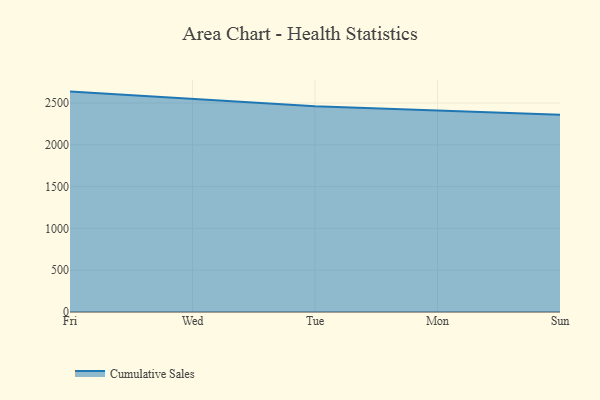
{"axis": {"x": "Day", "y": "Satisfaction Score"}, "legend": ["Cumulative Sales"], "data": [{"x": "Fri", "y": 2636.9, "type": "Cumulative Sales"}, {"x": "Wed", "y": 2546.1, "type": "Cumulative Sales"}, {"x": "Tue", "y": 2461.0, "type": "Cumulative Sales"}, {"x": "Mon", "y": 2411.0, "type": "Cumulative Sales"}, {"x": "Sun", "y": 2359.2, "type": "Cumulative Sales"}]}